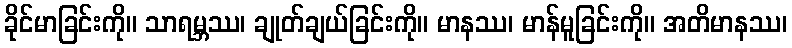
ခိုင်မာခြင်းကို။ သာရမ္ဘဿ၊ ချုတ်ချယ်ခြင်းကို။ မာနဿ၊ မာန်မူခြင်းကို။ အတိမာနဿ၊